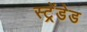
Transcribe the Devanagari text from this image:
स्ट्रेंडेड